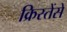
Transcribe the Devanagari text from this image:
क्रिस्तेंसें